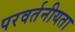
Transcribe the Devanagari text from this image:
परवर्तनीयता